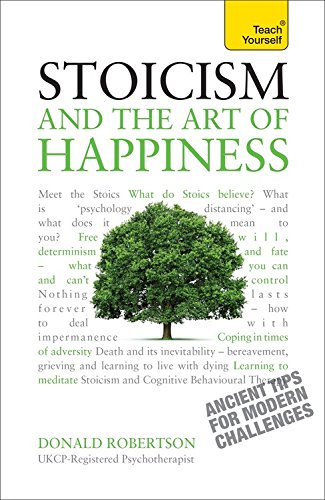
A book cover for Stoicism and the Art of Happiness (Teach Yourself); Donald Robertson; Politics & Social Sciences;